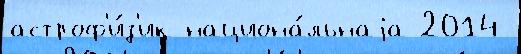
астроф'и́з'ик национа́льнаjа 2014